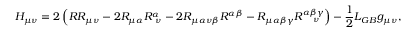
H _ { \mu \nu } = 2 \left( R R _ { \mu \nu } - 2 R _ { \mu \alpha } R _ { ~ \nu } ^ { \alpha } - 2 R _ { \mu \alpha \nu \beta } R ^ { \alpha \beta } - R _ { \mu \alpha \beta \gamma } R _ { ~ ~ ~ \nu } ^ { \alpha \beta \gamma } \right) - \frac { 1 } { 2 } { \cal L } _ { G B } g _ { \mu \nu } ,